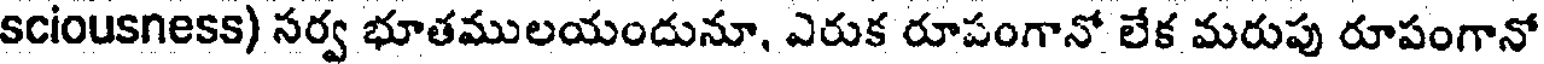
sciousness) సర్వ భూతములయందునూ, ఎరుక రూపంగానో లేక మరుపు రూపంగానో